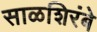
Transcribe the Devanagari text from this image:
साळशिरंबे